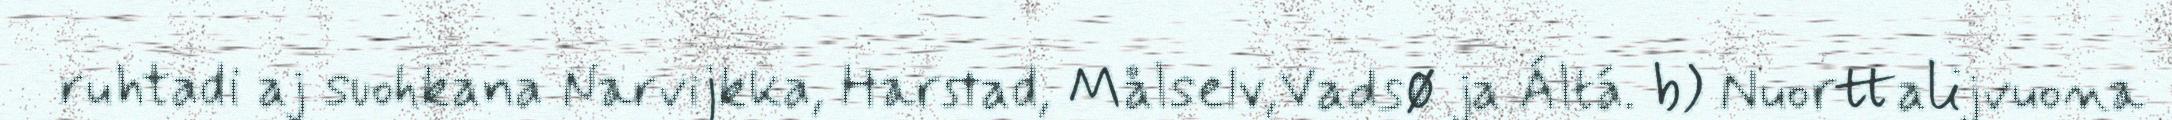
ruhtadi aj suohkana Narvijkka, Harstad, Målselv,Vadsø ja Áltá. b) Nuorttalijvuona